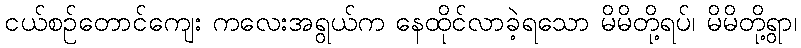
ငယ်စဉ်တောင်ကျေး ကလေးအရွယ်က နေထိုင်လာခဲ့ရသော မိမိတို့ရပ်၊ မိမိတို့ရွာ၊